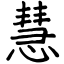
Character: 慧